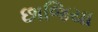
છાજિયા